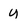
Character: u